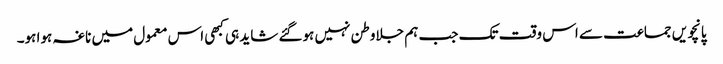
پانچویں جماعت سے اس وقت تک جب ہم جلاوطن نہیں ہوگئے شاید ہی کبھی اس معمول میں ناغہ ہوا ہو۔